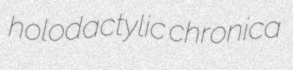
holodactylic chronica